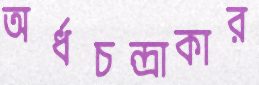
অর্ধচন্দ্রাকার